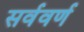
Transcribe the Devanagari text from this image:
सर्ववर्ण